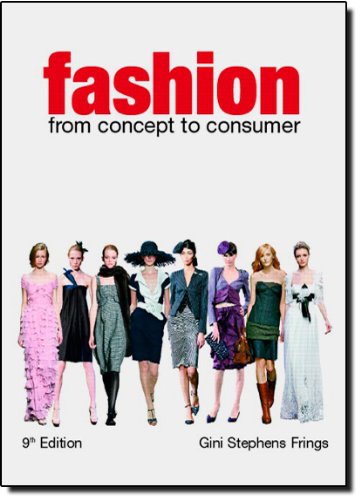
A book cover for Fashion: From Concept to Consumer (9th Edition); Gini Stephens Frings; Arts & Photography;